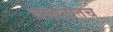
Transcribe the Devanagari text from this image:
बांधतातच